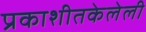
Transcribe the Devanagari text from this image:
प्रकाशीतकेलेली